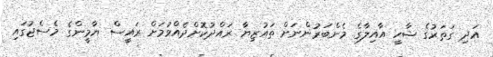
އަދި ގަތަރުގެ ޝާހީ އާއިލާގެ މެންބަރުންނަށް ތައުޒިޔާ ރައްދުކޮށްދެއްވުމަށް ރައީސް ޔާމީންގެ މެސެޖުގައި